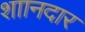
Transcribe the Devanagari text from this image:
शाानदार